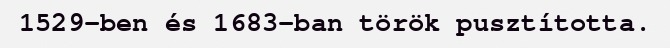
1529-ben és 1683-ban török pusztította.